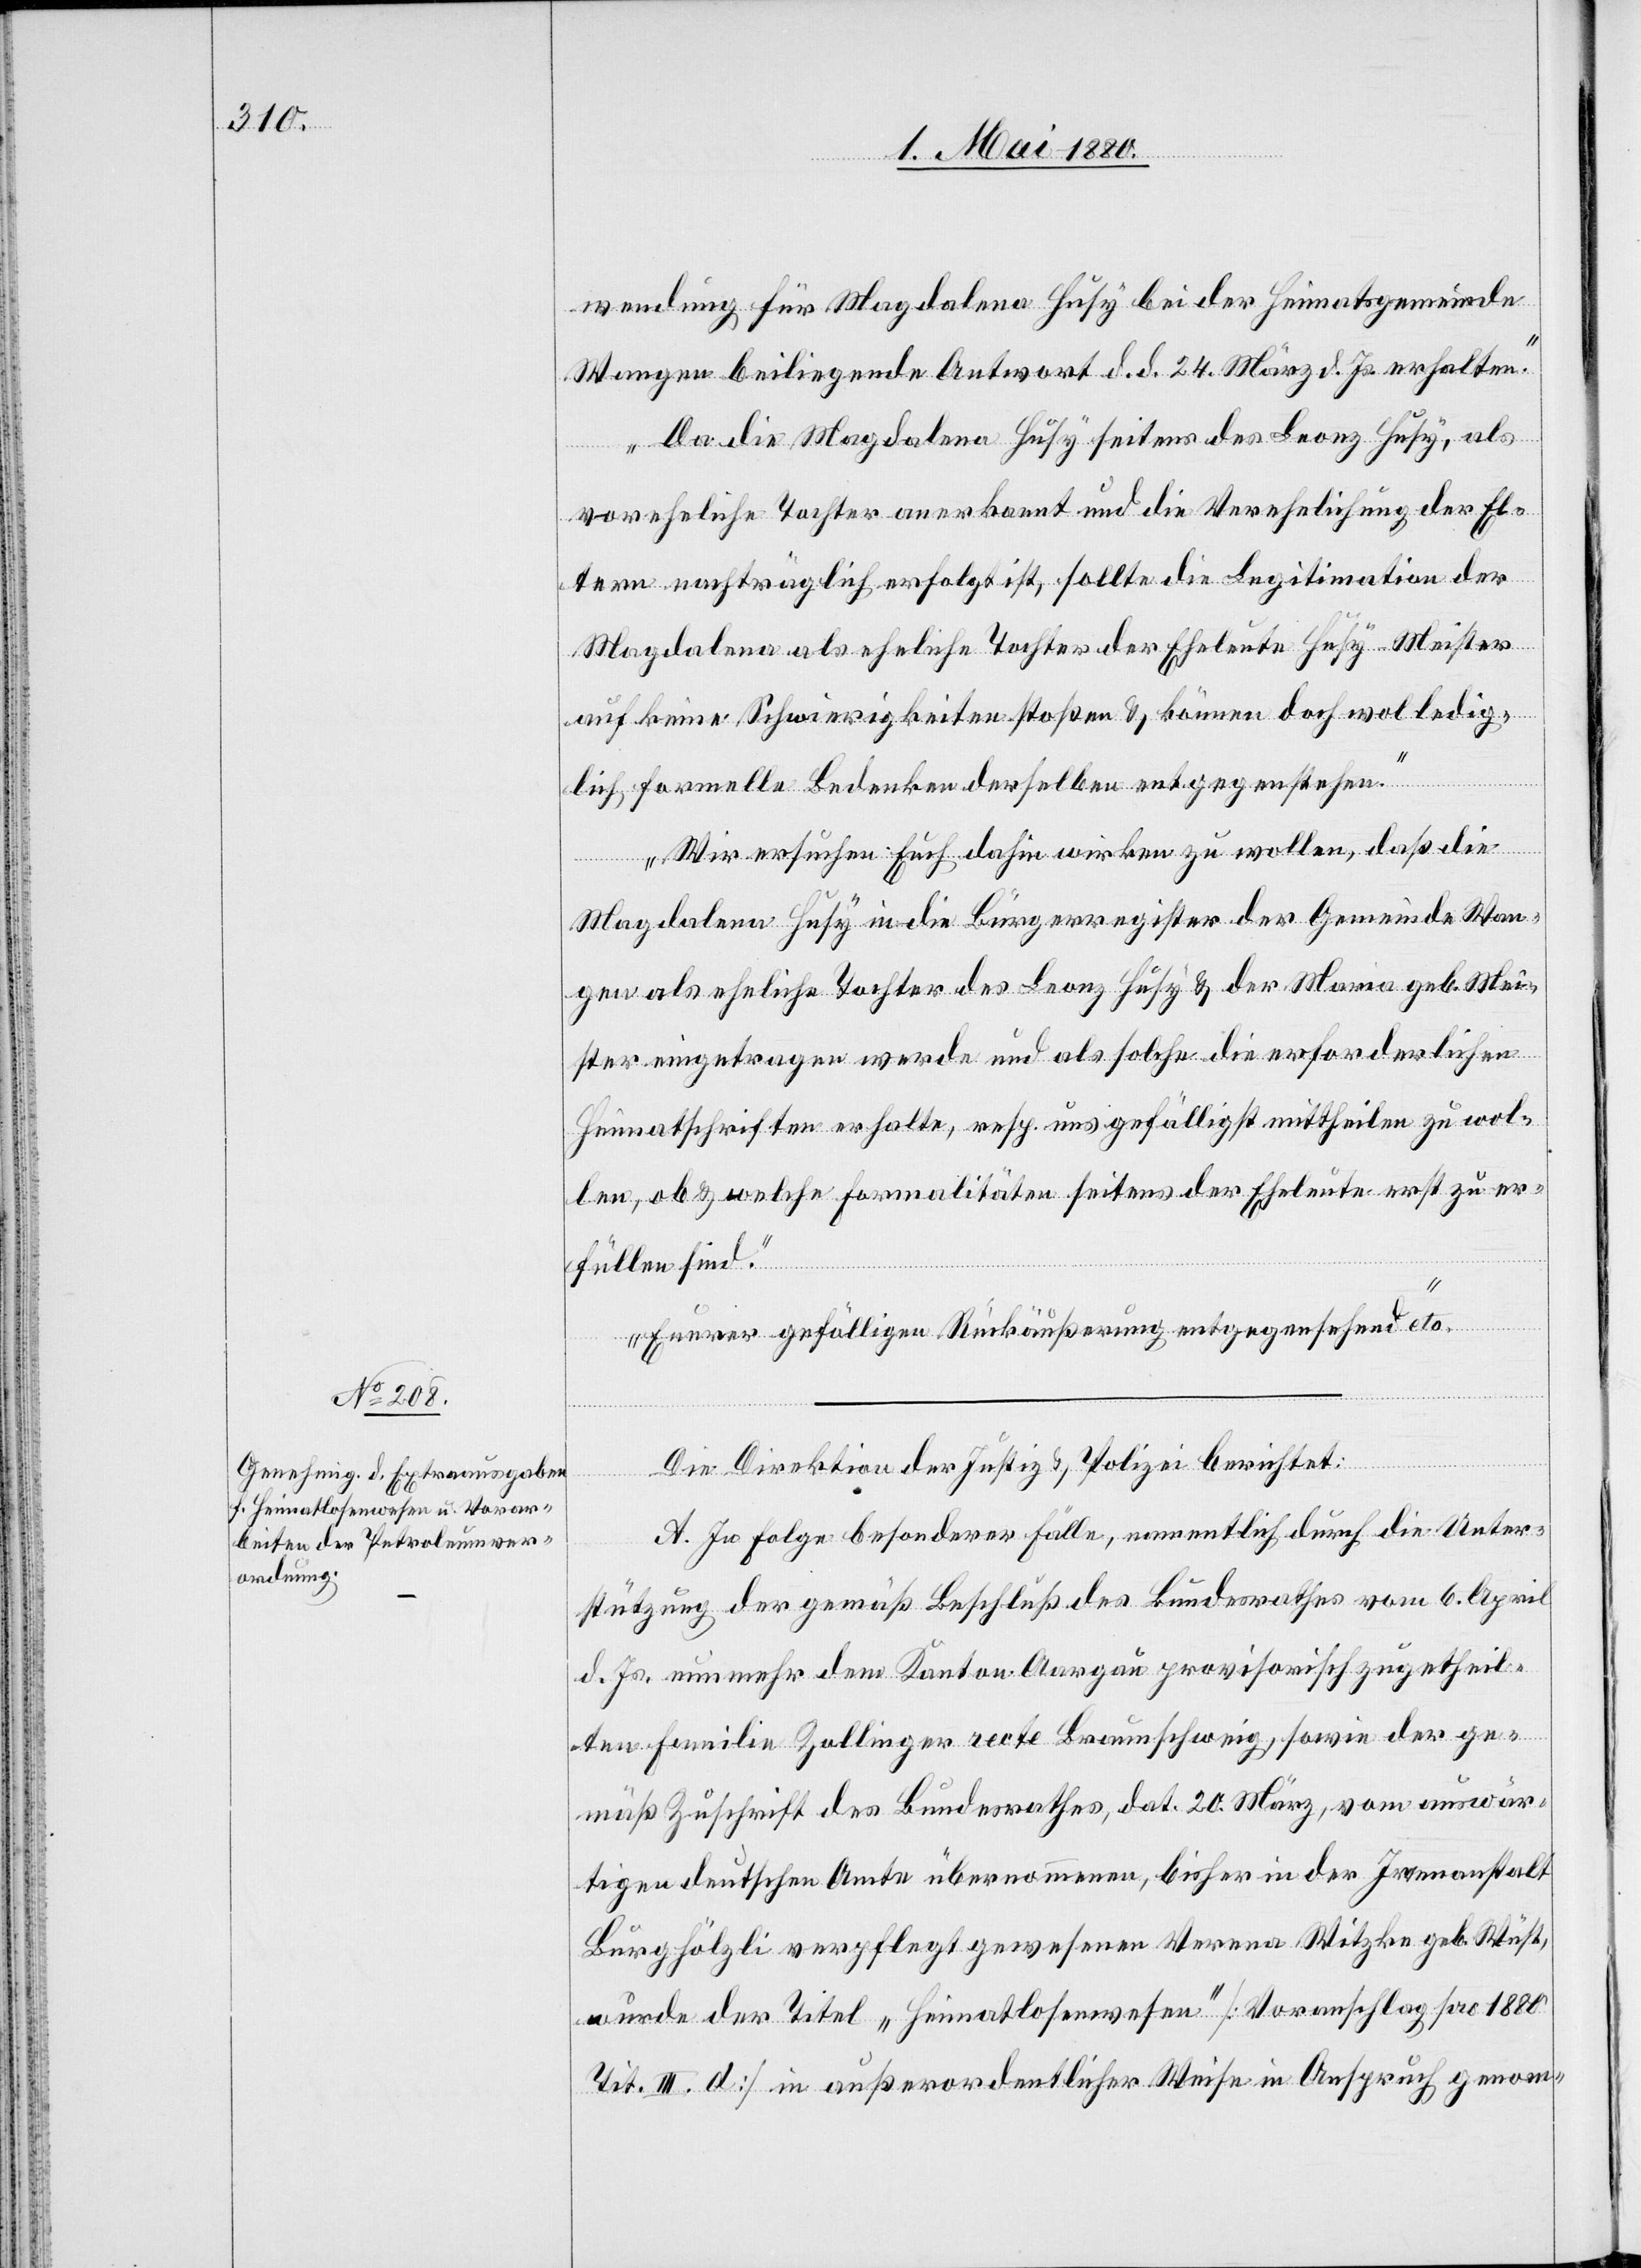
wendung für Magdalena Husy bei der Heimatsgemeinde
Wangen beiliegende Antwort d. d. 24. März d. Js. erhalten.
Da die Magdalena Husy seitens des Leonz Husy, als
voreheliche Tochter anerkannt und die Verehelichung der El¬
tern nachträglich erfolgt ist, sollte die Legitimation der
Magdalena als eheliche Tochter der Eheleute Husy Meister
auf keine Schwierigkeiten stoßen & können doch wol ledig¬
lich formelle Bedenken derselben entgegenstehen.
Wir ersuchen Euch, dahin wirken zu wollen, daß die
Magdalena Husy in die Bürgerregister der Gemeinde Wan¬
gen als eheliche Tochter des Leonz Husy & der Maria geb. Mei¬
ster eingetragen werde und als solche die erforderlichen
Heimatschriften erhalte, resp. uns gefälligst mittheilen zu wol¬
len, ob & welche Formalitäten seitens der Eheleute zu er¬
füllen sind.
Euerer gefälligen Rückäußerung entgegensehend“ etc.
Die Direktion der Justiz & Polizei berichtet:
A. In Folge besonderer Fälle, namentlich durch die Unter¬
stützung der gemäß Beschluß des Bundesrathes vom 6. April
d. Js. nunmehr dem Kanton Aargau provisorisch zugetheil¬
ten Familie Zollinger recte Braunschweig, sowie der ge¬
mäß Zuschrift des Bundesrathes, dat. 20. März, vom auswär¬
tigen deutschen Amte übernommen, bisher in der Irrenanstalt
wurde der Titel „Heimatlosenwesen“ [Voranschlag pro 1880
Tit. III. d] in außerordentlicher Weise in Anspruch genom-